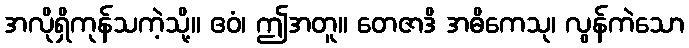
အလိုရှိကုန်သကဲ့သို့။ ဧဝံ၊ ဤအတူ။ တေဇာဒိ အဓိကေသု၊ လွန်ကဲသော